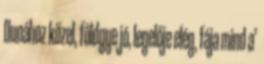
Dunához közel, földgye jó, legelője elég, fája mind a’